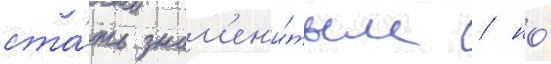
ста́ть знам'ен'и́тым / но́